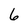
Character: 6